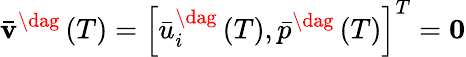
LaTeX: {{{\mathbf{\bar{v}}}}^{\dag}}\left(T\right)={\left[{\bar{u}_{i}^{\dag}\left(T\right),{{\bar{p}}^{\dag}}\left(T\right)}\right]^{T}}=\mathbf{0}